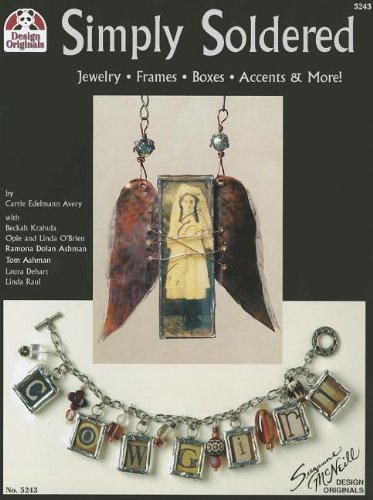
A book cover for Simply Soldered: Jewelry Frames Boxes Accents & More (Design Originals); Carrie Edelmann- Avery; Crafts, Hobbies & Home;